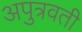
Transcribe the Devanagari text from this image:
अपुत्रवती